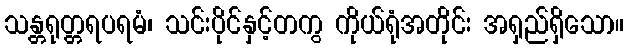
သန္တရုတ္တရပရမံ၊ သင်းပိုင်နှင့်တကွ ကိုယ်ရုံအတိုင်း အရှည်ရှိသော။